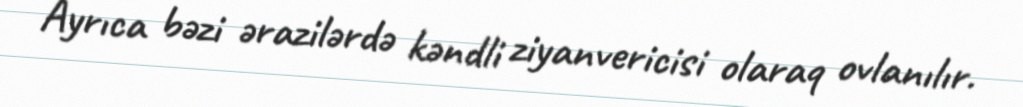
Ayrıca bəzi ərazilərdə kəndli ziyanvericisi olaraq ovlanılır.